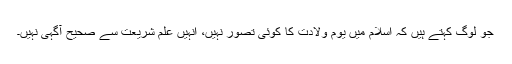
جو لوگ کہتے ہیں کہ اسلام میں یومِ ولادت کا کوئی تصور نہیں، انہیں علمِ شریعت سے صحیح آگہی نہیں۔